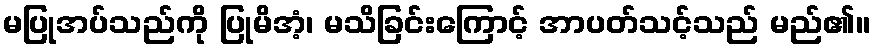
မပြုအပ်သည်ကို ပြုမိအံ့၊ မသိခြင်းကြောင့် အာပတ်သင့်သည် မည်၏။